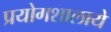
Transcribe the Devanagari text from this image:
प्रयोगशालाये